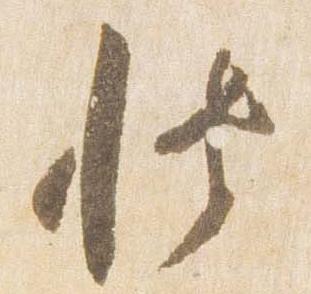
博